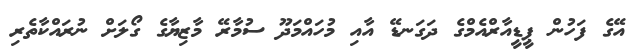
އޭގެ ފަހުން ޕީޑީއާރްއެމްގެ ދަގަނޑޭ އާއި މުހައްމަދޫ ސުމާރޭ މާޒިޔާގެ ގޯލަށް ނުރައްކާތެރި